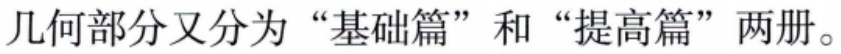
几何部分又分为“基础篇”和“提高篇”两册。